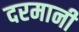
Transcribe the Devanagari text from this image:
दरमानी